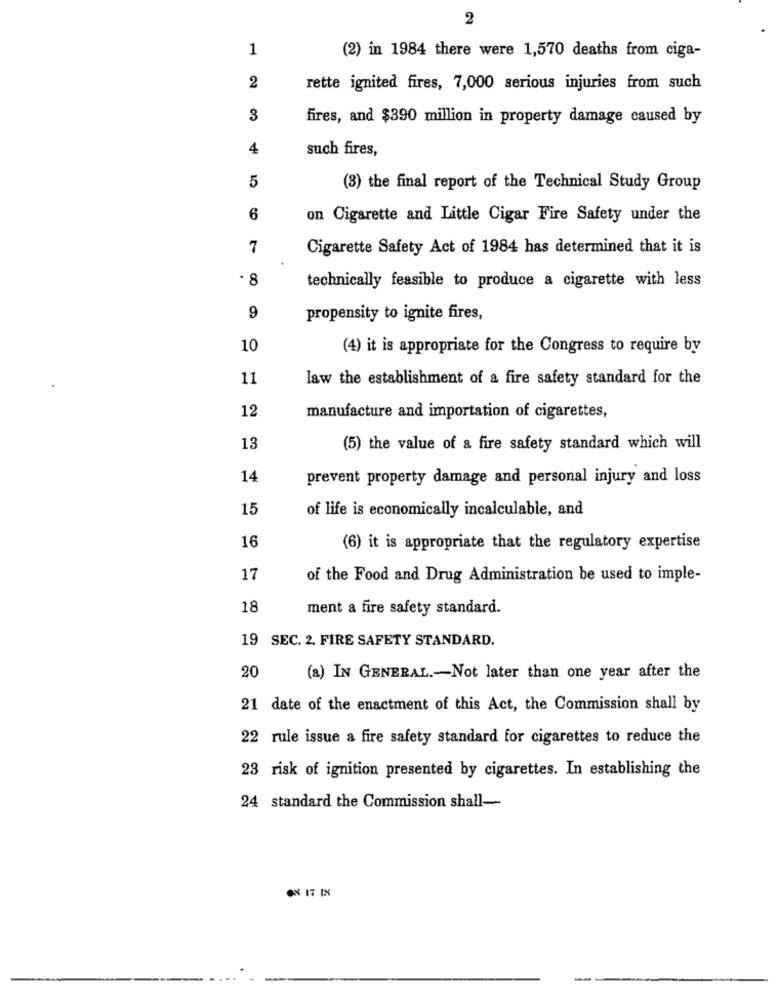
2
1
(2) in 1984 there were 1,570 deaths from ciga-
2
rette ignited fires, 7,000 serious injuries from such
3
fires, and $390 million in property damage caused by
4
such fires,
5
(3) the final report of the Technical Study Group
6
on Cigarette and Little Cigar Fire Safety under the
7
Cigarette Safety Act of 1984 has determined that it is
· 8
technically feasible to produce a cigarette with less
9
propensity to ignite fires,
10
(4) it is appropriate for the Congress to require by
11
law the establishment of a fire safety standard for the
12
manufacture and importation of cigarettes,
13
(5) the value of a fire safety standard which will
14
prevent property damage and personal injury and loss
15
of life is economically incalculable, and
16
(6) it is appropriate that the regulatory expertise
17
of the Food and Drug Administration be used to imple-
18
ment a fire safety standard.
19 SEC. 2. FIRE SAFETY STANDARD.
20
(a) IN GENERAL .- Not later than one year after the
21 date of the enactment of this Act, the Commission shall by
22 rule issue a fire safety standard for cigarettes to reduce the
23 risk of ignition presented by cigarettes. In establishing the
24 standard the Commission shall-